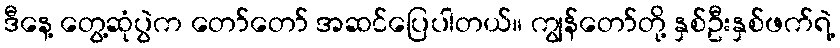
ဒီနေ့ တွေ့ဆုံပွဲက တော်တော် အဆင်ပြေပါတယ်။ ကျွန်တော်တို့ နှစ်ဦးနှစ်ဖက်ရဲ့